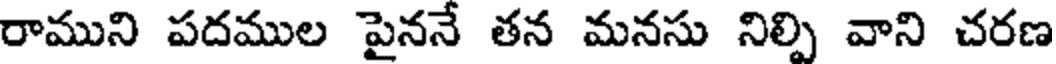
రాముని పదముల పైననే తన మనసు నిల్పి వాని చరణ